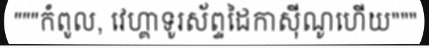
"""កំពូល, វេហ្គាទូរស័ព្ទដៃកាស៊ីណូហើយ"""